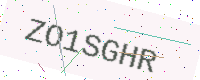
Text: ZO1SGHR